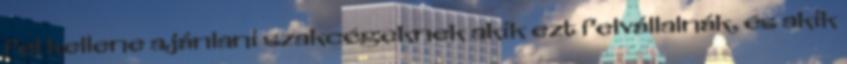
fel kellene ajánlani szakcégeknek akik ezt felvállalnák, és akik